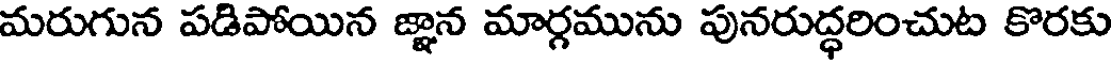
మరుగున పడిపోయిన జ్ఞాన మార్గమును పునరుద్ధరించుట కొరకు